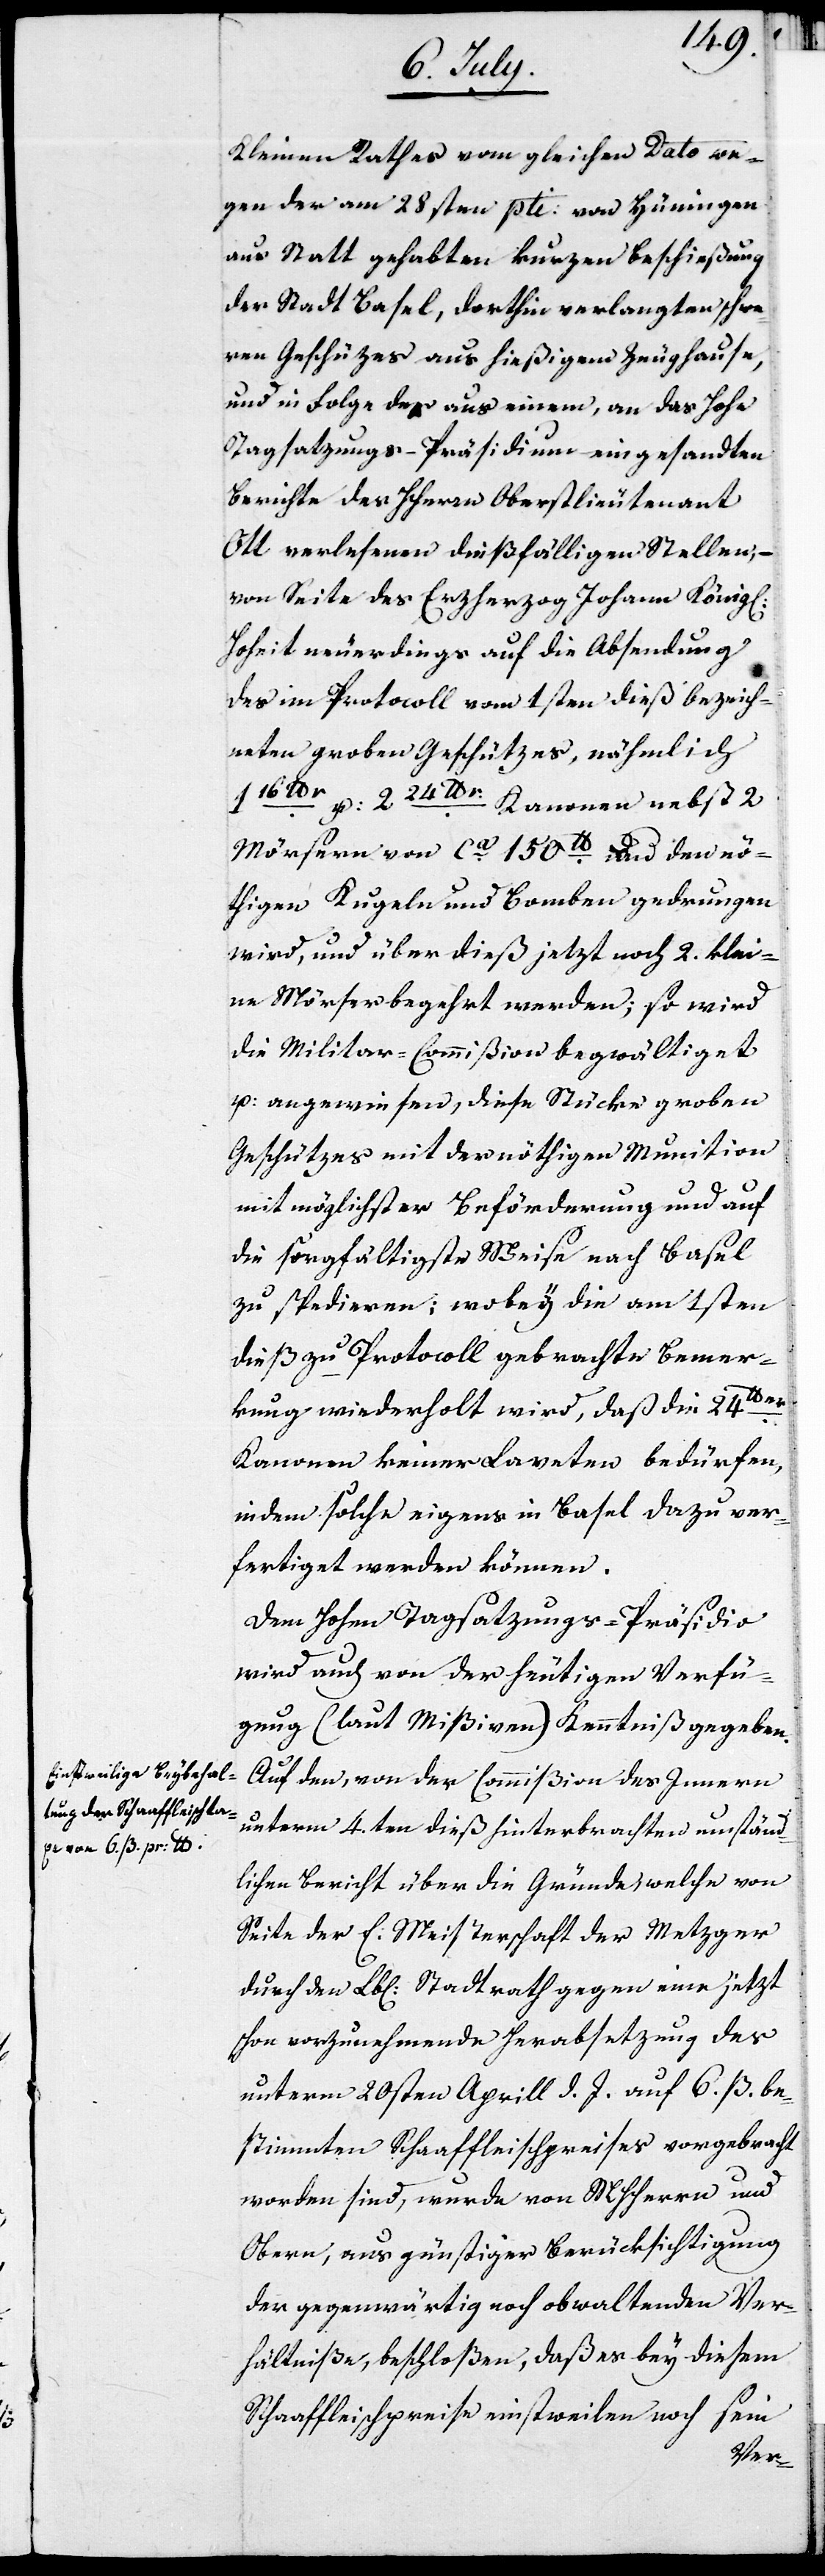
Kleinen Rathes vom gleichen Dato we¬
gen der am 28sten pti: von Hüningen
aus Statt gehabten kurzen Beschießung
der Stadt Basel, dorthin verlangten schwe¬
ren Geschützes aus hießigem Zeughause,
und in Folge der aus einem, an das Hohe
Tagsatzungspräsidium eingesandten
Berichte des HHerrn Oberstlieutenant
Ott verlesenen dießfälligen Stellen, –
von Seite des Erzherzog Johann König[li¬
Hoheit neuerdings auf die Absendung
des im Protocoll vom 1sten dieß bezeich¬
neten groben Geschützes, nämlich
116 lbr u. 224
Kanonen, nebst 2
Mörsern von ca 150lb und den nö¬
thigen Kugeln und Bomben gedrungen
wird, und über dieß jetzt noch 2. klei¬
ne Mörser begehrt werden; so wird
die Militar-Commißion begwältiget
u. angewiesen, diese Stücke groben
Geschützes mit der nöthigen Munition
mit möglichster Beförderung und auf
die sorgfältigste Weise nach Basel
zu spedieren; wobey die am 1sten
dieß zu Protocoll gebrachte Bemer¬
kung, wiederholt wird, daß die 24lbr
Kanonen keiner Laveten bedürfen,
indem solche eigens in Basel dazu ver¬
fertiget werden können.
Dem Hohen Tagsatzungspräsidio
wird auch von der heutigen Verfü¬
gung (laut Mißiven) Kenntniß gegeben.
Auf den, von der Commißion des Innern
unterm 4.ten dieß hinterbrachten umständ¬
lichen Bericht über die Gründe, welche von
Seite der E: Meisterschaft der Metzger
durch den Lbl[lichen]. Stadtrath gegen eine jetzt
schon vorzunehmende Herabsetzung des
unterm 20sten Aprill d. J. auf 6. ß. be¬
stimmten Schaaffleischpreises vorgebracht
worden sind, wurde von MHHerrn und
Obern, aus günstiger Berücksichtigung
der gegenwärtig noch obwaltenden Ver¬
hältniße, beschloßen, daß es bey diesem
Schaaffleischpreise einstweilen noch sein
che]